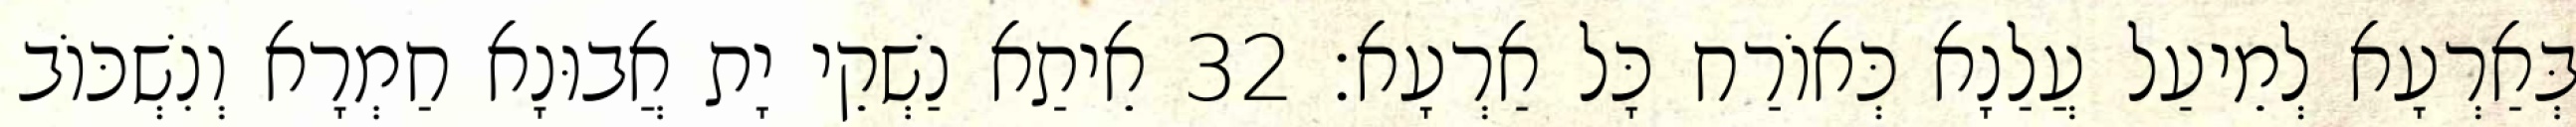
בְּאַרְעָא לְמֵיעַל עֲלַנָא כְּאוֹרַח כָּל אַרְעָא׃ 32 אֵיתַא נַשְׁקֵי יָת אֲבוּנָא חַמְרָא וְנִשְׁכּוֹב